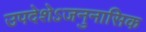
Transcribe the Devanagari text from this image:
उपदेशेऽजनुनासिक